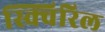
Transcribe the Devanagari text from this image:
स्क्विरिल